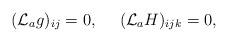
LaTeX: \begin{align*}({\cal L}_a g)_{ij} = 0, \ \ \ \ ({\cal L}_a H)_{ijk} = 0 ,\end{align*}